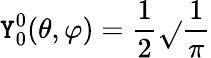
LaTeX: \mathtt{Y}_{0}^{0}(\theta,\varphi)={\frac{{1}}{{2}}}{\sqrt{}{{\frac{{1}}{{\pi}}}}}